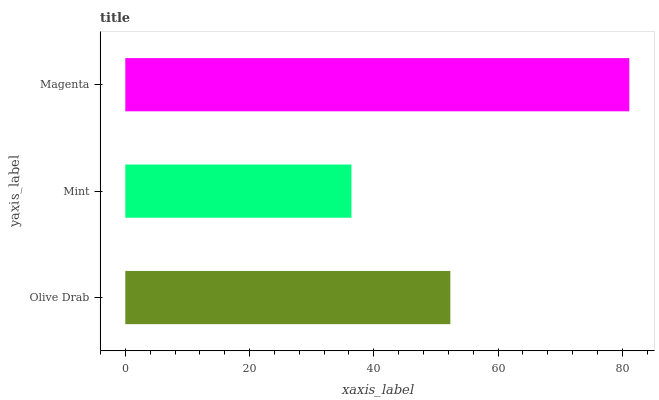
| yaxis_label | bars |
 | --- | --- |
 | Olive Drab | 52.3 |
 | Mint | 36.4 |
 | Magenta | 81.1 |